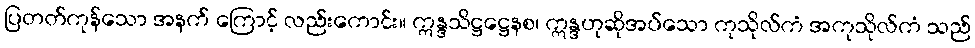
ပြတတ်ကုန်သော အနက် ကြောင့် လည်းကောင်း။ ဣန္ဒသိဋ္ဌဋ္ဌေနစ၊ ဣန္ဒဟုဆိုအပ်သော ကုသိုလ်ကံ အကုသိုလ်ကံ သည်